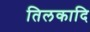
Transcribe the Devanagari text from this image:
तिलकादि